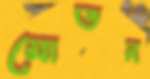
মোতন